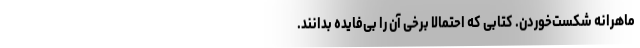
ماهرانه‌ شکست‌خوردن. کتابی که احتمالاً برخی آن را بی‌فایده بدانند.